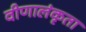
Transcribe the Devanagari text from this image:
वीणालंकृता